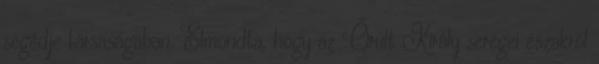
segédje társaságában. Elmondta, hogy az Őrült Király seregei északról